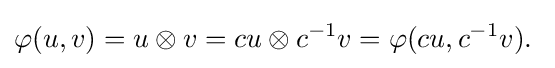
\varphi (u,v)=u\otimes v=cu\otimes c^{-1}v=\varphi (cu,c^{-1}v).\